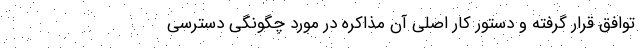
توافق قرار گرفته و دستور کار اصلی آن مذاکره در مورد چگونگی دسترسی